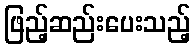
ဖြည့်ဆည်းပေးသည့်